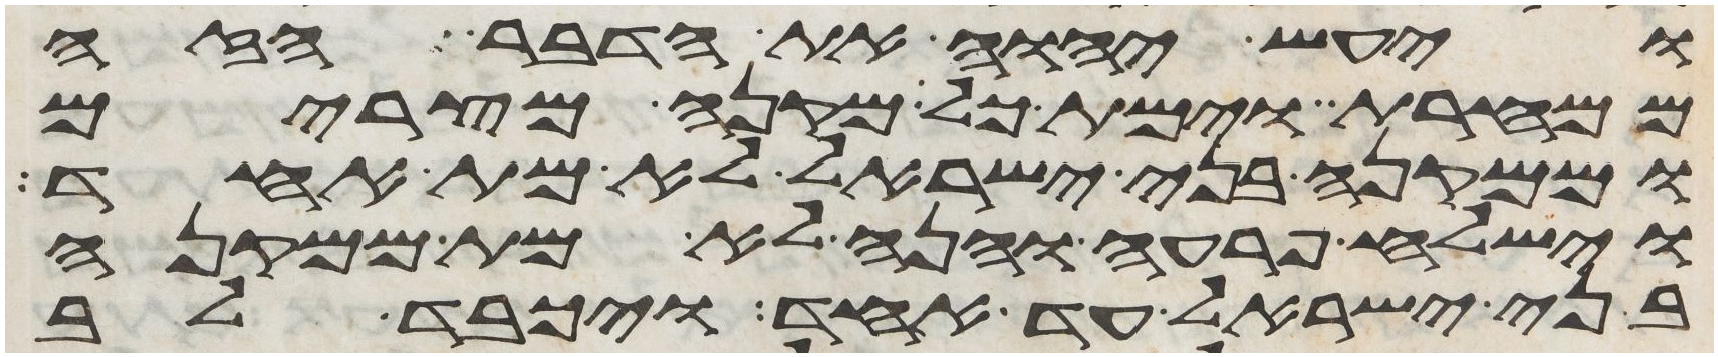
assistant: ויעש יהוה את הדבר הזה
ממחרת וימת כל מקנה מצרים
וממקנה בני ישראל לא מת אחד
וישלח פרעה והנה לא מת ממקנה
בני ישראל עד אחד ויכבד לב